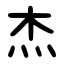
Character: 杰